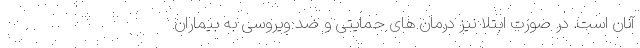
آنان است. در صورت ابتلا نیز درمان های حمایتی و ضد ویروسی به بیماران